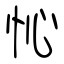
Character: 㤈